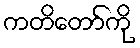
ကတိတော်ကို